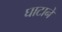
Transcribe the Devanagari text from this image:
घाटानें